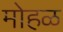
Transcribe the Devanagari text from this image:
मोहळ